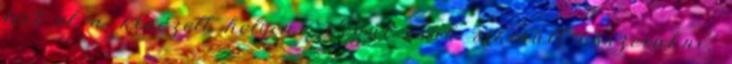
fért el a kinézett helyen. Végül csak sikerült összerakni,